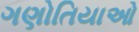
ગણોતિયાઓ